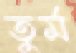
তুর্ম